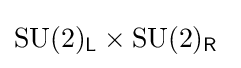
{\text{SU}}(2)_{\mathsf {L}}\times {\text{SU}}(2)_{\mathsf {R}}\